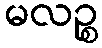
မလဉ္စ